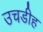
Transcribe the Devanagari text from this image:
उचडीह